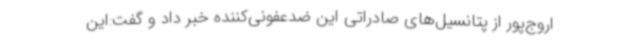
اروج‌پور از پتانسیل‌های صادراتی این ضدعفونی‌کننده خبر داد و گفت:این